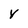
Character: v